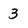
Character: 3